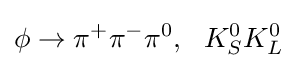
\phi \to \pi ^{+}\pi ^{-}\pi ^{0},~~K_{S}^{0}K_{L}^{0}